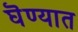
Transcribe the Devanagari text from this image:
घॆण्यात